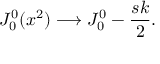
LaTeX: J _ { 0 } ^ { 0 } ( x ^ { 2 } ) \longrightarrow J _ { 0 } ^ { 0 } - { \frac { s k } { 2 } } .